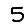
Digit: 5